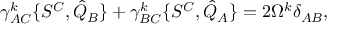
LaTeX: \gamma _ { A C } ^ { k } \{ S ^ { C } , { \hat { Q } } _ { B } \} + \gamma _ { B C } ^ { k } \{ S ^ { C } , { \hat { Q } } _ { A } \} = 2 \Omega ^ { k } \delta _ { A B } ,